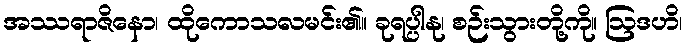
အဿရာဇိနော၊ ထိုကောသလမင်း၏။ ခုရပ္ပါနု၊ စဉ်းသွားတို့ကို။ ဩဒဟိ၊